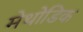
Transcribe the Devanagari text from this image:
मेथोडिक